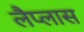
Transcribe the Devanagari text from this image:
लैप्लास